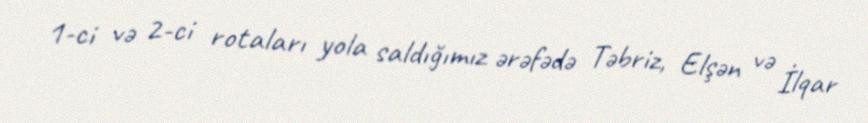
1-ci və 2-ci rotaları yola saldığımız ərəfədə Təbriz, Elşən və İlqar